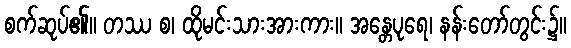
စက်ဆုပ်၏။ တဿ စ၊ ထိုမင်းသားအားကား။ အန္တေပုရေ၊ နန်းတော်တွင်း၌။